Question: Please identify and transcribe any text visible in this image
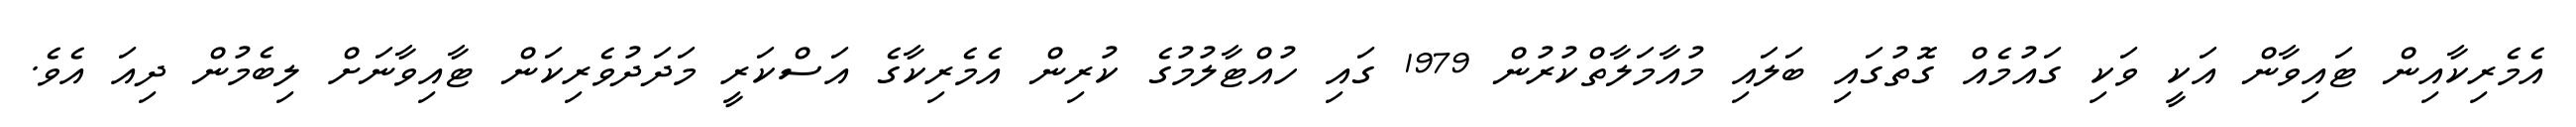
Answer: އެމެރިކާއިން ޓައިވާން އަކީ ވަކި ގައުމެއް ގޮތުގައި ބަލައި މުއާމަލާތްކުރުން 1979 ގައި ހުއްޓާލުމުގެ ކުރިން އެމެރިކާގެ އަސްކަރީ މަދަދުވެރިކަން ޓާއިވާނަށް ލިބެމުން ދިއަ އެވެ.